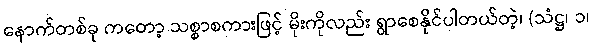
နောက်တစ်ခု ကတော့ သစ္စာစကားဖြင့် မိုးကိုလည်း ရွာစေနိုင်ပါတယ်တဲ့၊ (သံဋ္ဌ၊ ၁၊